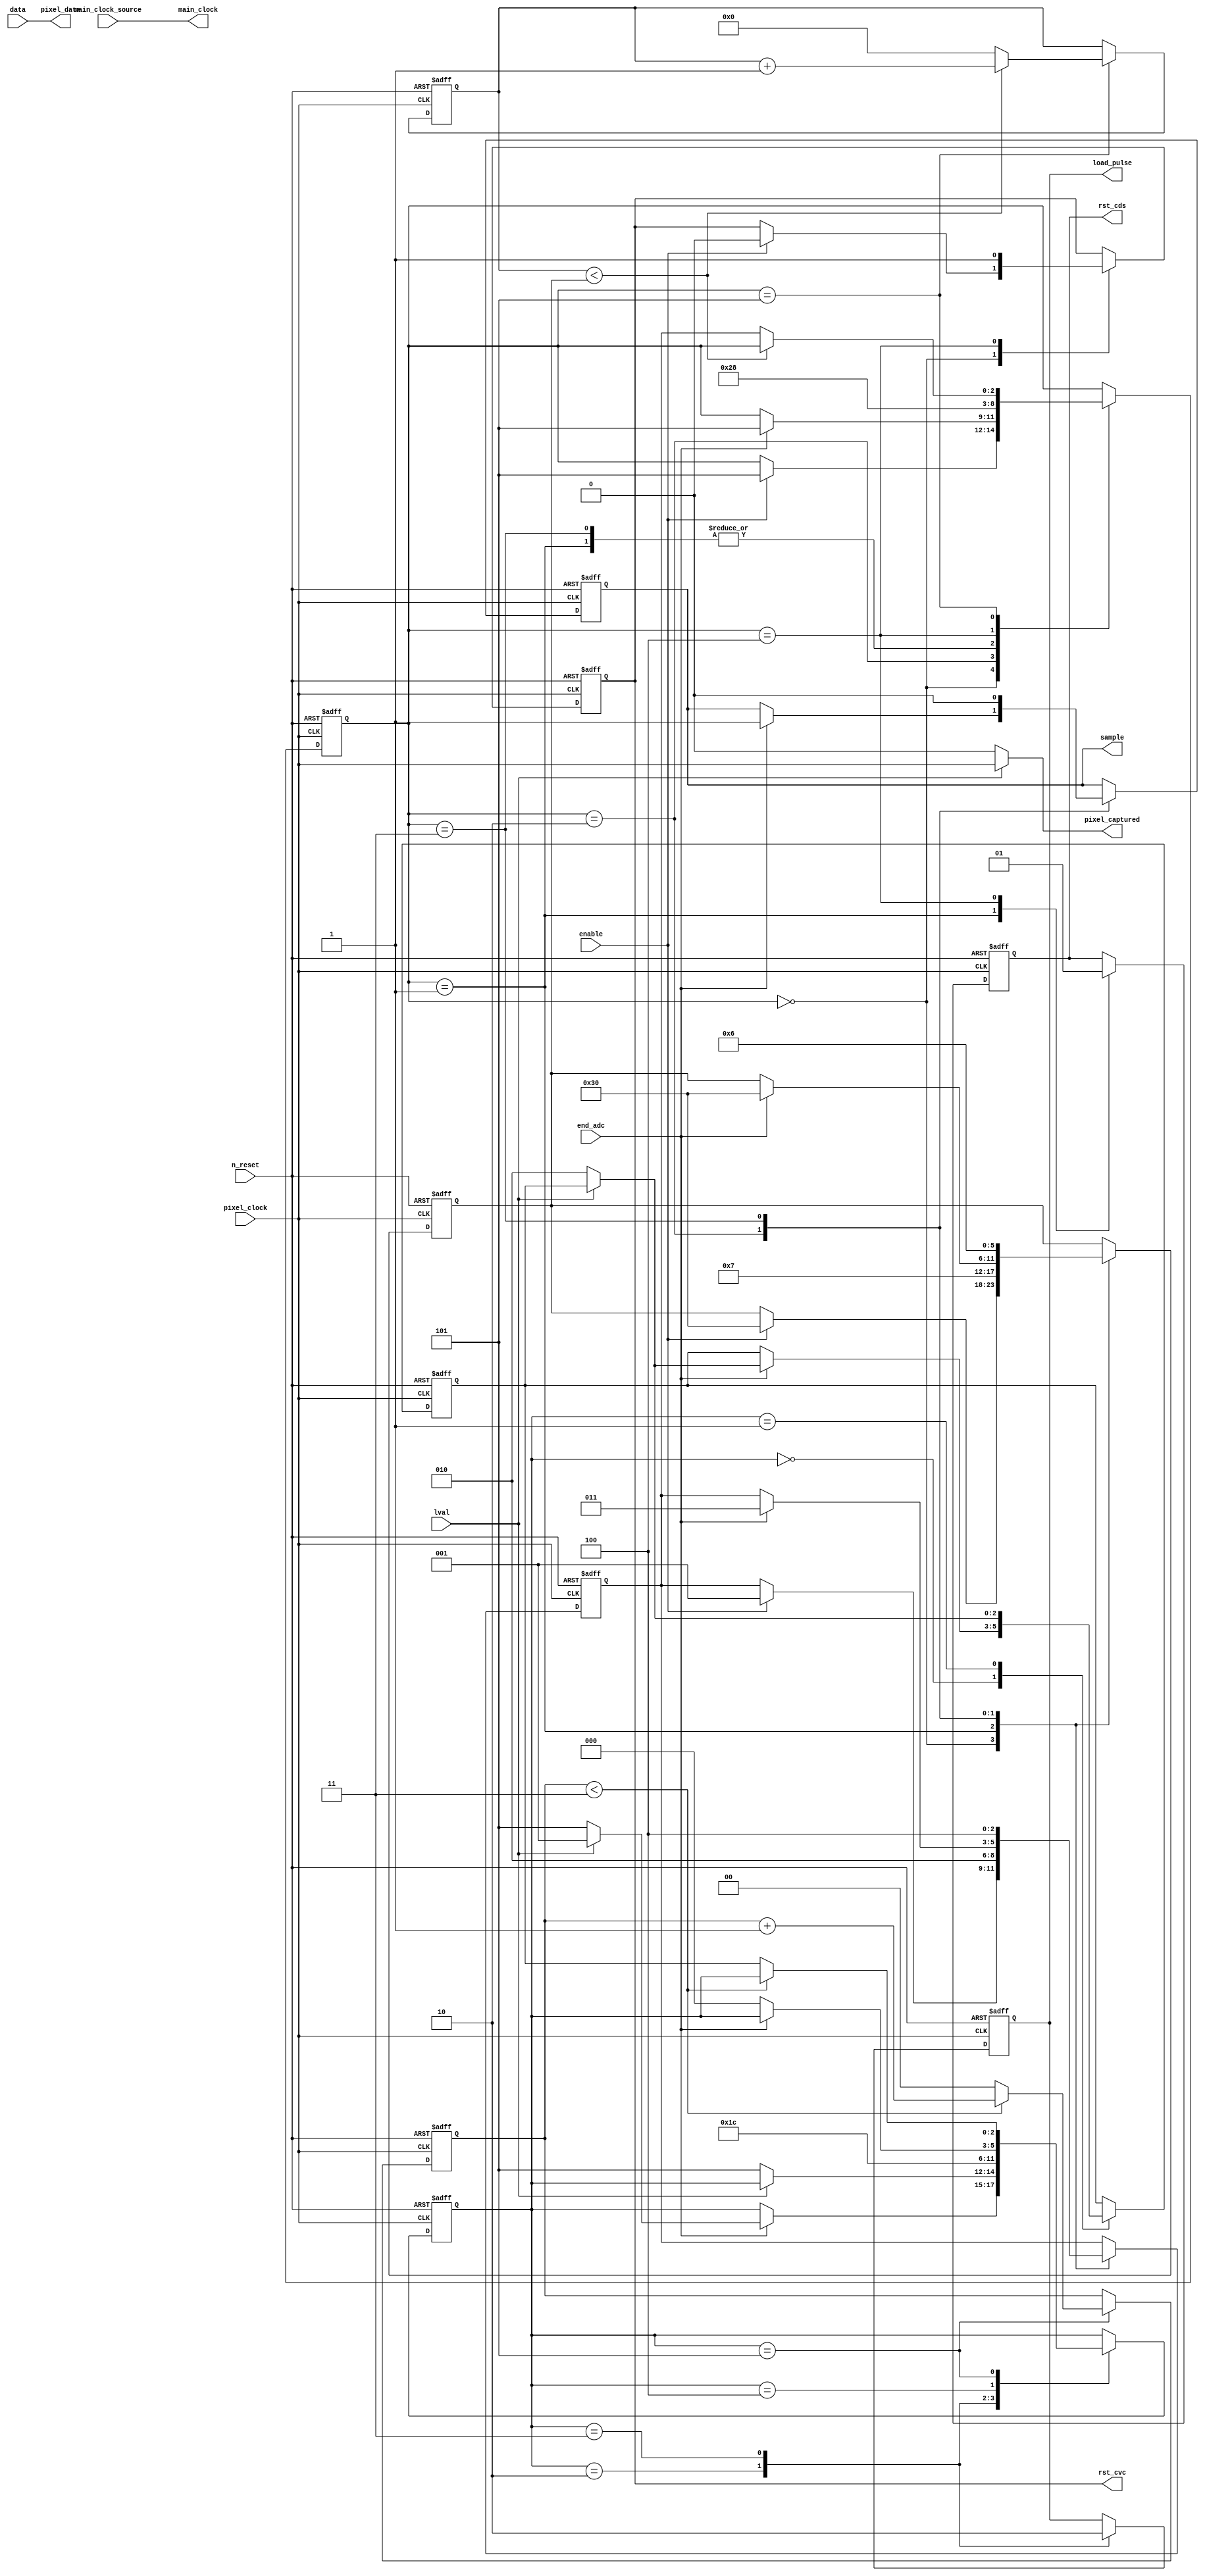
module linescanner_image_capture_unit(
    input wire enable,
    input wire[7:0] data,
    output reg rst_cvc,
    output reg rst_cds,
    output reg sample,
    input wire end_adc,
    input wire lval,
    input wire pixel_clock,
    input wire main_clock_source,
    output wire main_clock,
    input wire n_reset,
    output reg load_pulse,
    output wire[7:0] pixel_data,
    output wire pixel_captured);
    
    assign main_clock = main_clock_source;
    assign pixel_captured = lval ? pixel_clock : 0;
    assign pixel_data = data;
      
    localparam
    SM1_SEND_FE_OF_RST_CVC = 0,
    SM1_SEND_FE_OF_RST_CDS = 1,
    SM1_SEND_RE_OF_SAMPLE = 2,
    SM1_SEND_FE_OF_SAMPLE = 3,
    SM1_SEND_RE_OF_RST_CVC_AND_RST_CDS = 4,
    SM1_WAIT_NUM_CLOCKS = 5;
      
    reg[2:0] sm1_state, sm1_state_to_go_to_after_waiting;
    reg[5:0] sm1_num_clocks_to_wait, sm1_clock_count;
    
    always @ (posedge pixel_clock or negedge n_reset) begin
        if(!n_reset) begin
            rst_cvc <= 1'b1;
            rst_cds <= 1'b1;
            sample <= 1'b0;
            
            sm1_state <= SM1_SEND_FE_OF_RST_CVC;
            sm1_state_to_go_to_after_waiting <= 0;
            sm1_num_clocks_to_wait <= 0;
            sm1_clock_count <= 0;
        end
        
        else
            case (sm1_state)
                SM1_SEND_FE_OF_RST_CVC:
                if(enable) begin
                    rst_cvc <= 1'b0;
                    
                    sm1_state <= SM1_WAIT_NUM_CLOCKS;
                    sm1_state_to_go_to_after_waiting <= SM1_SEND_FE_OF_RST_CDS;    
                    sm1_num_clocks_to_wait <= 48;
                end
                
                SM1_SEND_FE_OF_RST_CDS:
                begin
                    rst_cds <= 1'b0;
                     
                    sm1_state <= SM1_WAIT_NUM_CLOCKS;
                    sm1_state_to_go_to_after_waiting <= SM1_SEND_RE_OF_SAMPLE;
                    sm1_num_clocks_to_wait <= 7;
                end
                  
                SM1_SEND_RE_OF_SAMPLE:
                begin
                    if(end_adc) begin
                        sample <= 1'b1;
                    
                        sm1_state <= SM1_WAIT_NUM_CLOCKS;
                        sm1_state_to_go_to_after_waiting <= SM1_SEND_FE_OF_SAMPLE;
                        sm1_num_clocks_to_wait <= 48;
                    end
                end
                   
                SM1_SEND_FE_OF_SAMPLE:
                begin
                    sample <= 1'b0;
                    
                    sm1_state <= SM1_WAIT_NUM_CLOCKS;
                    sm1_state_to_go_to_after_waiting <= SM1_SEND_RE_OF_RST_CVC_AND_RST_CDS;
                    sm1_num_clocks_to_wait <= 6;
                end
                
                SM1_SEND_RE_OF_RST_CVC_AND_RST_CDS:
                begin
                    rst_cvc <= 1'b1;
                    rst_cds <= 1'b1;
                    
                    sm1_state <= SM1_SEND_FE_OF_RST_CVC;
                end
                
                SM1_WAIT_NUM_CLOCKS:
                if(sm1_clock_count < sm1_num_clocks_to_wait)
                    sm1_clock_count <= sm1_clock_count + 1;
                else begin
                    sm1_clock_count <= 0;
                    sm1_state <= sm1_state_to_go_to_after_waiting;
                end
            endcase
    end

    localparam
    SM2_WAIT_FOR_RE_OF_END_ADC = 0,
    SM2_WAIT_FOR_FE_OF_LVAL = 1,
    SM2_SEND_RE_OF_LOAD_PULSE = 2,
    SM2_SEND_FE_OF_LOAD_PULSE = 3,
    SM2_WAIT_FOR_FE_OF_END_ADC = 4,
    SM2_WAIT_NUM_CLOCKS = 5;

    reg[2:0] sm2_state, sm2_state_to_go_to_after_waiting;
    reg[1:0] sm2_clock_count;

    always @ (posedge pixel_clock or negedge n_reset) begin
      if(!n_reset) begin
        load_pulse <= 1'b0;
        
        sm2_state <= 0;
        sm2_state_to_go_to_after_waiting <= 0;
        sm2_clock_count <= 0;
      end
      
      else
        case(sm2_state)
            SM2_WAIT_FOR_RE_OF_END_ADC:
            if(end_adc) begin
                if(!lval) begin
                    sm2_state <= SM2_WAIT_NUM_CLOCKS;
                    sm2_state_to_go_to_after_waiting <= SM2_SEND_RE_OF_LOAD_PULSE;
                end
                
                else
                    sm2_state <= SM2_WAIT_FOR_FE_OF_LVAL;
            end
            
            SM2_WAIT_FOR_FE_OF_LVAL:
            if(!lval) begin
                sm2_state <= SM2_WAIT_NUM_CLOCKS;
                sm2_state_to_go_to_after_waiting <= SM2_SEND_RE_OF_LOAD_PULSE;
            end
            
            SM2_SEND_RE_OF_LOAD_PULSE:
            begin
                load_pulse <= 1'b1;
                sm2_state <= SM2_SEND_FE_OF_LOAD_PULSE;
            end
            
            SM2_SEND_FE_OF_LOAD_PULSE:
            begin
                load_pulse <= 1'b0;
                sm2_state <= SM2_WAIT_FOR_FE_OF_END_ADC;
            end
            
            SM2_WAIT_FOR_FE_OF_END_ADC:
            if(!end_adc)
                sm2_state <= SM2_WAIT_FOR_RE_OF_END_ADC;
            
            SM2_WAIT_NUM_CLOCKS:
            if(sm2_clock_count < 3)
                sm2_clock_count <= sm2_clock_count + 1;
            else begin
                sm2_clock_count <= 0;
                sm2_state <= sm2_state_to_go_to_after_waiting;
            end
        endcase
    end
endmodule